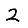
Digit: 2